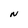
Character: N